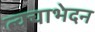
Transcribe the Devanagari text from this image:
त्वचाभेदन